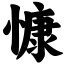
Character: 慷